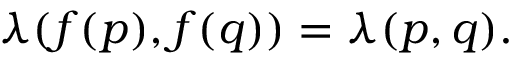
\lambda ( f ( p ) , f ( q ) ) = \lambda ( p , q ) .